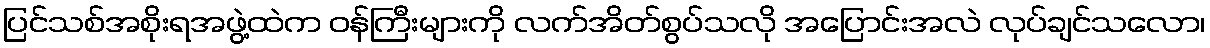
ပြင်သစ်အစိုးရအဖွဲ့ထဲက ဝန်ကြီးများကို လက်အိတ်စွပ်သလို အပြောင်းအလဲ လုပ်ချင်သလော၊